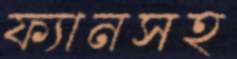
ফ্যানসহ